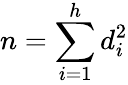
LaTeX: n=\sum\limits_{i=1}^{h}d_{i}^{2}